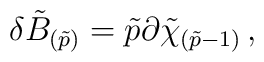
\delta\tilde{B}_{(\tilde{p})} = \tilde{p}\partial\tilde{\chi}_{(\tilde{p}-1)}\, ,